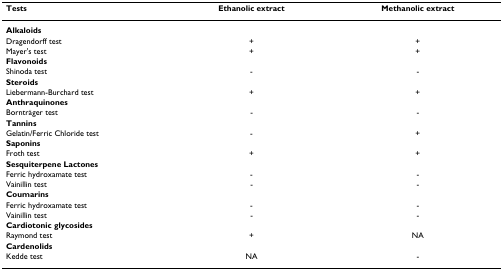
| Tests | Ethanolic extract | Methanolic extract |
 | --- | --- | --- |
 | Alkaloids |  |  |
 | Dragendorff test | + | + |
 | Mayer's test | + | + |
 | Flavonoids |  |  |
 | Shinoda test | - | - |
 | Steroids |  |  |
 | Liebermann-Burchard test | + | + |
 | Anthraquinones |  |  |
 | Bornträger test | - | - |
 | Tannins |  |  |
 | Gelatin/Ferric Chloride test | - | + |
 | Saponins |  |  |
 | Froth test | + | + |
 | Sesquiterpene Lactones |  |  |
 | Ferric hydroxamate test | - | - |
 | Vainillin test | - | - |
 | Coumarins |  |  |
 | Ferric hydroxamate test | - | - |
 | Vainillin test | - | - |
 | Cardiotonic glycosides |  |  |
 | Raymond test | + | NA |
 | Cardenolids |  |  |
 | Kedde test | NA | - |